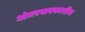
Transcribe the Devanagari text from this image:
अंतरसरकारीय